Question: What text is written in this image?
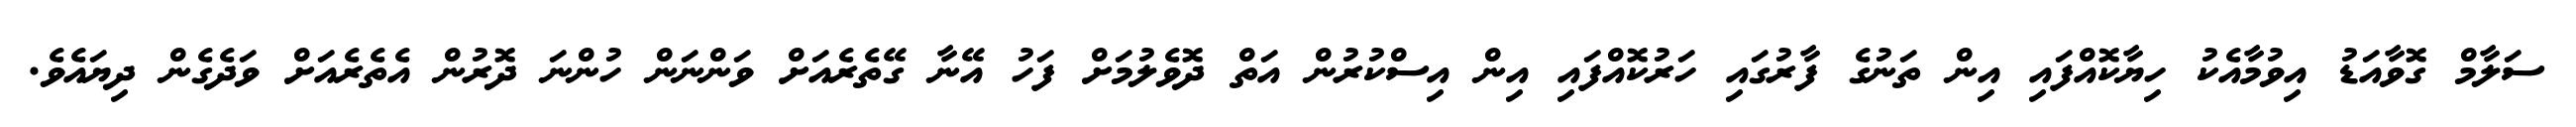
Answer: ސަލާމް ގޮވާއަޑު އިވުމާއެކު ހިޔާކޮއްފައި އިން ތަނުގެ ފާރުގައި ހަރުކޮއްފައި އިން އިސްކުރުން އަތް ދޮވެލުމަށް ފަހު އޭނާ ގޭތެރެއަށް ވަންނަން ހުންނަ ދޮރުން އެތެރެއަށް ވަދެގެން ދިޔައެވެ.